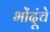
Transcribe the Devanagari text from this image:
भोंदूंचे